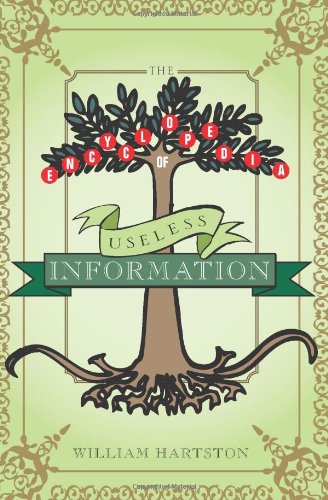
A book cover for The Encyclopedia of Useless Information; Willam Hartston; Reference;